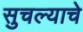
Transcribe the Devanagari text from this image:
सुचल्याचे